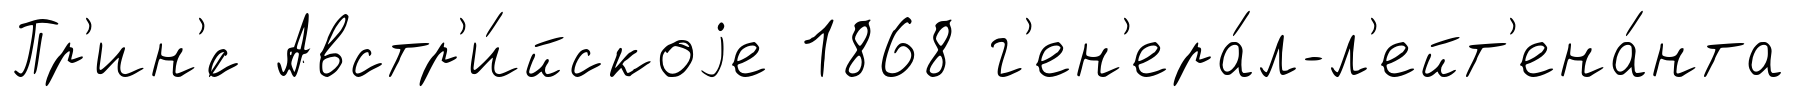
Пр'ин'́с Австр'и́йскоjе 1868 г'ен'ера́л-л'ейт'ена́нта